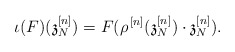
\begin{align*}\iota(F)(\mathfrak{z}^{[n]}_N) = F(\rho^{\,[n]}(\mathfrak{z}^{[n]}_N) \cdot \mathfrak{z}^{[n]}_N).\end{align*}